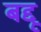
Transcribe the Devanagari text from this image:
बद्दू